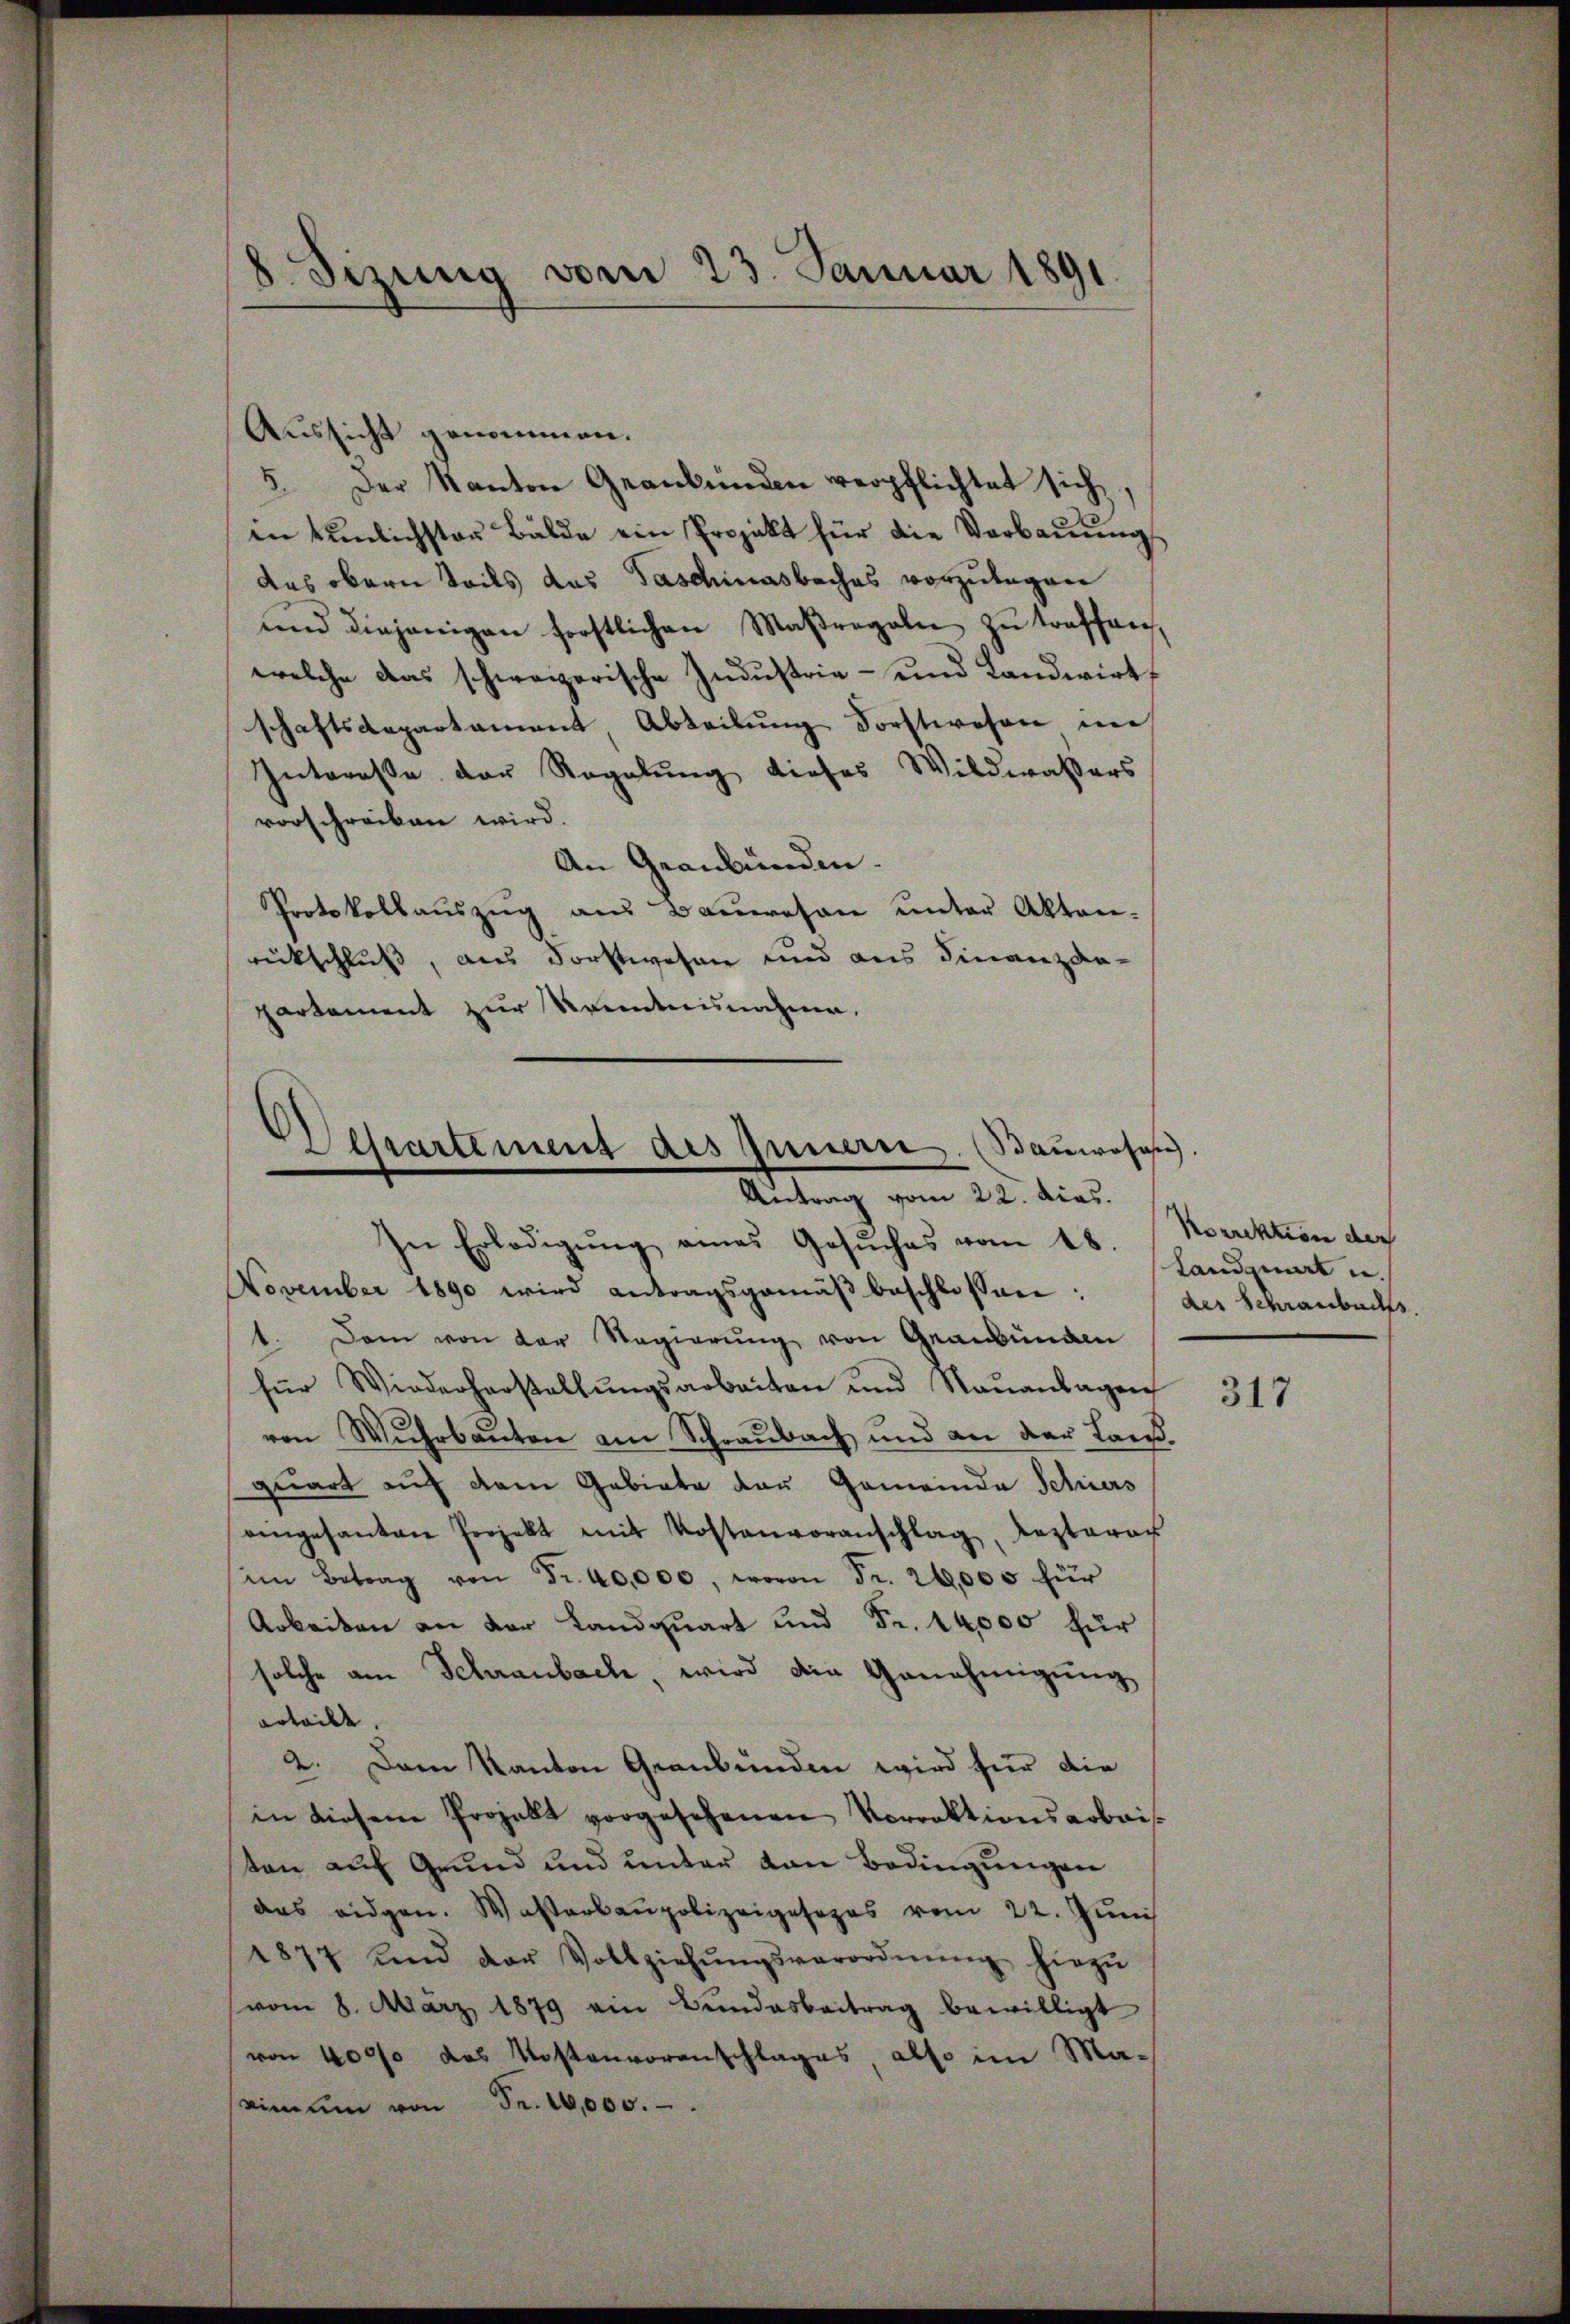
Aussicht genommen.
5. Der Kanton Graubünden verpflichtet sich,
in tŭnlichster Bälde ein Projekt für die Verbaŭŭng
das obern Teils das Taschinasbaches vorzulagen
ŭnd diejenigen forstlichen Maβregalen zŭ traffen,
welche das schweizerische Industrie- und Landwirts
schaftsdepartament Abteilung Forstwesen im
Interesse der Regelung dieses Wildwassers
vorschreiben wird.
An Graubünden.
Protokollaŭszŭg aus Bauwesen unter Akten.
rückschluß, aus Forstwesen und aus Finanzda-
partement zur Kenntnisnahme.

8. Sizung vom 23. Januar 1891

Dessartement des Innern. (Bauwesen,
Antrag vom 22. dies.

In Erledigŭng eines Gesŭches vom 18.
November 1890 wird antragsgemäβ beschlossen:
1. Dem von der Regierŭng von Graubünden
für Wiederherstallŭngsarbeiten und Naŭantagen
von Wuhrbauten am Schraubach und an der Landquart auf dem Gebiete der Gemeinde Schiers
aengesanten Projekt mit Kostenvoranschlag, Lezteres
im Betrag von Fr. 40,000, wovon Fr. 26,000 für
Arbeiten an der Landquart und Fr. 14,000 für
solche am Schraubach, wird die Genehmigung
erteilt. |
2. Dann Kanton Graubünden wird für die
in diesem Projekt vorgesehenen Vorrektionsarbais-
ten auf Grund und unter von Bedingungen
das eidgen. Wasserbaupolizeigesezes vom 22. Jŭni
1877 und der Vollziehŭngsverordnŭng hiezŭ
(vom 8. März 1879 ein Bŭndesbeitrag bewilligt
von 4000 das Kostenvoranschlages also im Ma-
inum von Fr. 10,000.

Korrektion der
Landquart u.
des Schraubuchs

317